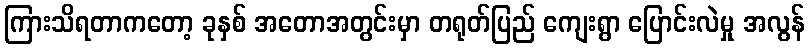
ကြားသိရတာကတော့ ခုနှစ် အတောအတွင်းမှာ တရုတ်ပြည် ကျေးရွာ ပြောင်းလဲမှု အလွန်